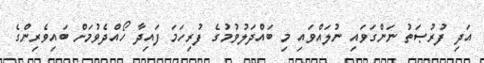
އަދި ފުރުޞަތު ނަންގަވައި ނުލައްވައި މި ބައްދަލުވުމުގެ ފުރިހަމަ ފައިދާ ހޯއްދެވުމަށް ބައިވެރިންގެ